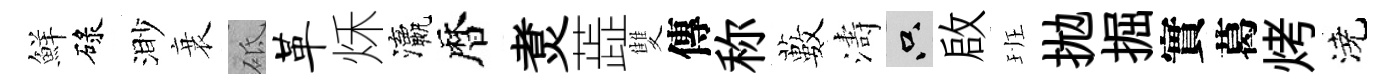
鮮碌渺衰砥革秌瀛暦煑蕋雙傳称藪濤只啟班拋掘實葛烤澆